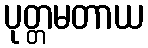
ပုတ္တမတာယ